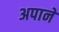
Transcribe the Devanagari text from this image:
अपाने